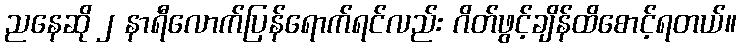
ညနေဆို ၂ နာရီလောက်ပြန်ရောက်ရင်လည်း ဂိတ်ဖွင့်ချိန်ထိစောင့်ရတယ်။